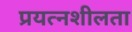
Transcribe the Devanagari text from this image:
प्रयत्नशीलता